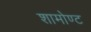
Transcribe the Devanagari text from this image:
शामोण्ट